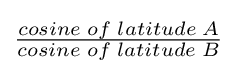
{\begin{matrix}{\frac {cosine\;of\;latitude\;A}{cosine\;of\;latitude\;B}}\end{matrix}}